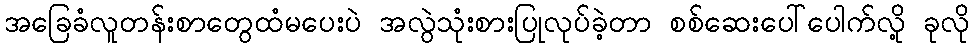
အခြေခံလူတန်းစာတွေထံမပေးပဲ အလွဲသုံးစားပြုလုပ်ခဲ့တာ စစ်ဆေးပေါ်ပေါက်လို့ ခုလို